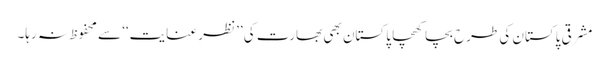
مشرقی پاکستان کی طرح بچا کھچا پاکستان بھی بھارت کی ’’نظرِ عنایت‘‘ سے محفوظ نہ رہا۔